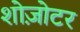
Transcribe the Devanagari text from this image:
शोज़ोटर